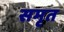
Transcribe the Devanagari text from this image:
समृत